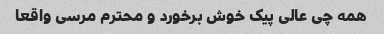
همه چی عالی پیک خوش برخورد و محترم مرسی واقعا